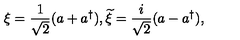
\xi = \frac { 1 } { \sqrt { 2 } } ( a + a ^ { \dagger } ) , { \widetilde \xi } = \frac { i } { \sqrt { 2 } } ( a - a ^ { \dagger } ) ,